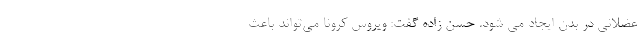
عضلانی در بدن ایجاد می شود. حسن زاده گفت: ویروس کرونا می‌تواند باعث